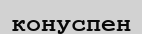
конуспен